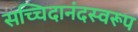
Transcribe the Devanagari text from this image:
सच्चिदानंदस्वरूप